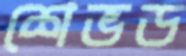
শেভড